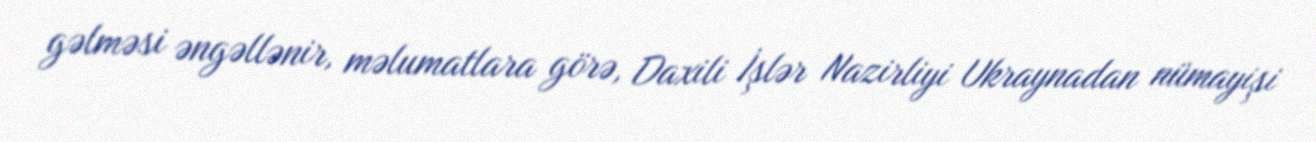
gəlməsi əngəllənir, məlumatlara görə, Daxili İşlər Nazirliyi Ukraynadan nümayişi